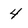
Character: 4